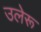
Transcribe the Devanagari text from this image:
उलेरू